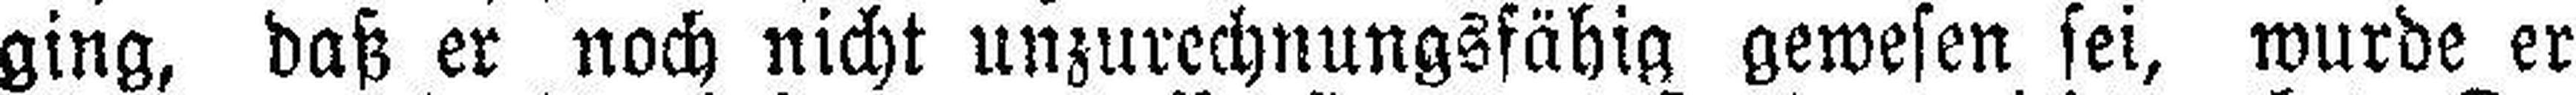
ging, daß er noch nicht unzurechnungsfähig gewesen sei, wurde er